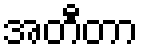
အတီတာ